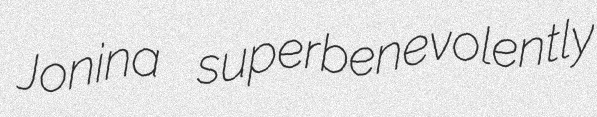
Jonina superbenevolently